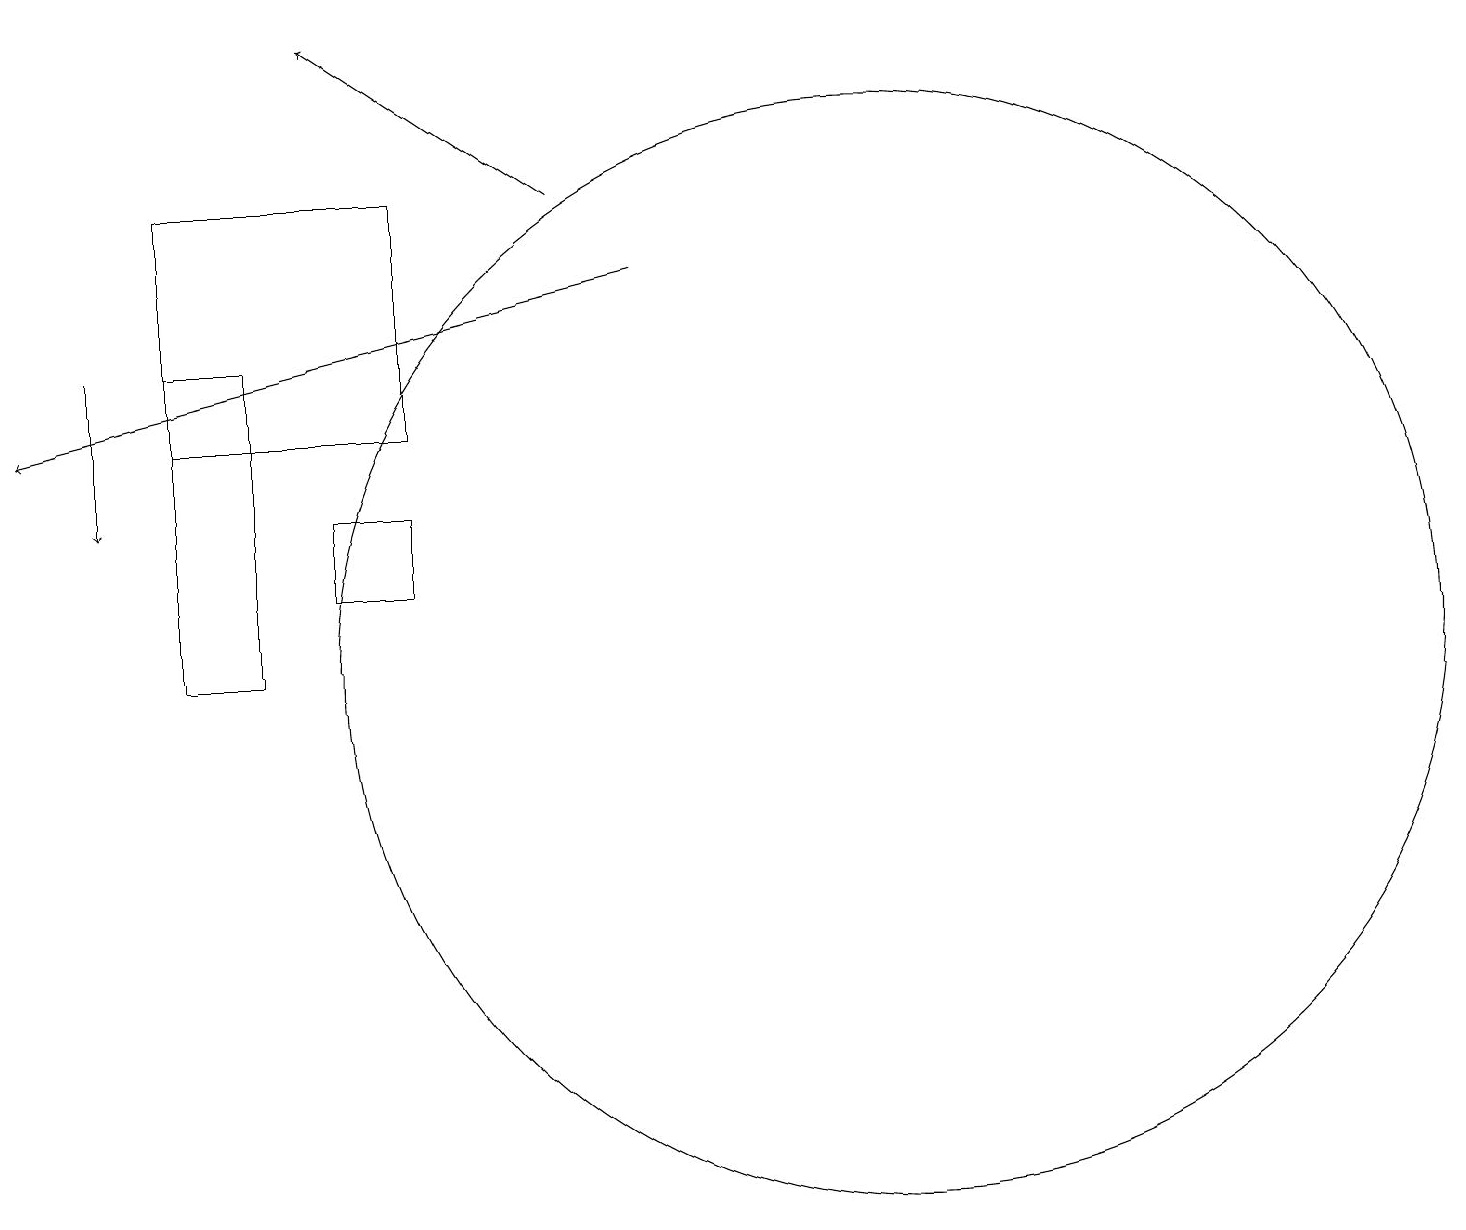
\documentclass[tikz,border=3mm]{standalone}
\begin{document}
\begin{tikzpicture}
\draw (4,14) rectangle (3,10);
\draw[->] (8,16) -- (5,18);
\draw[->] (9,15) -- (1,13);
\draw[->] (2,14) -- (2,12);
\draw (6,12) rectangle (5,11);
\draw (12,10) circle (7);
\draw (3,16) rectangle (6,13);
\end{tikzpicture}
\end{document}